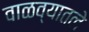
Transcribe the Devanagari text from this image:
वाळव्यातले